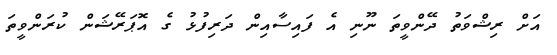
އަށް ރިޝްވަތު ދޭންވީތަ ނޫނި އެ ފައިސާއިން ދަރިފުޅު ގެ އޮޕަރޭޝަން ކުރަންވީތަ